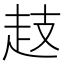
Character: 䞚